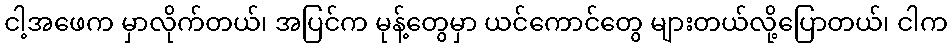
ငါ့အဖေက မှာလိုက်တယ်၊ အပြင်က မုန့်တွေမှာ ယင်ကောင်တွေ များတယ်လို့ပြောတယ်၊ ငါက